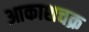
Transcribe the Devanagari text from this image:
आकाशचक्र